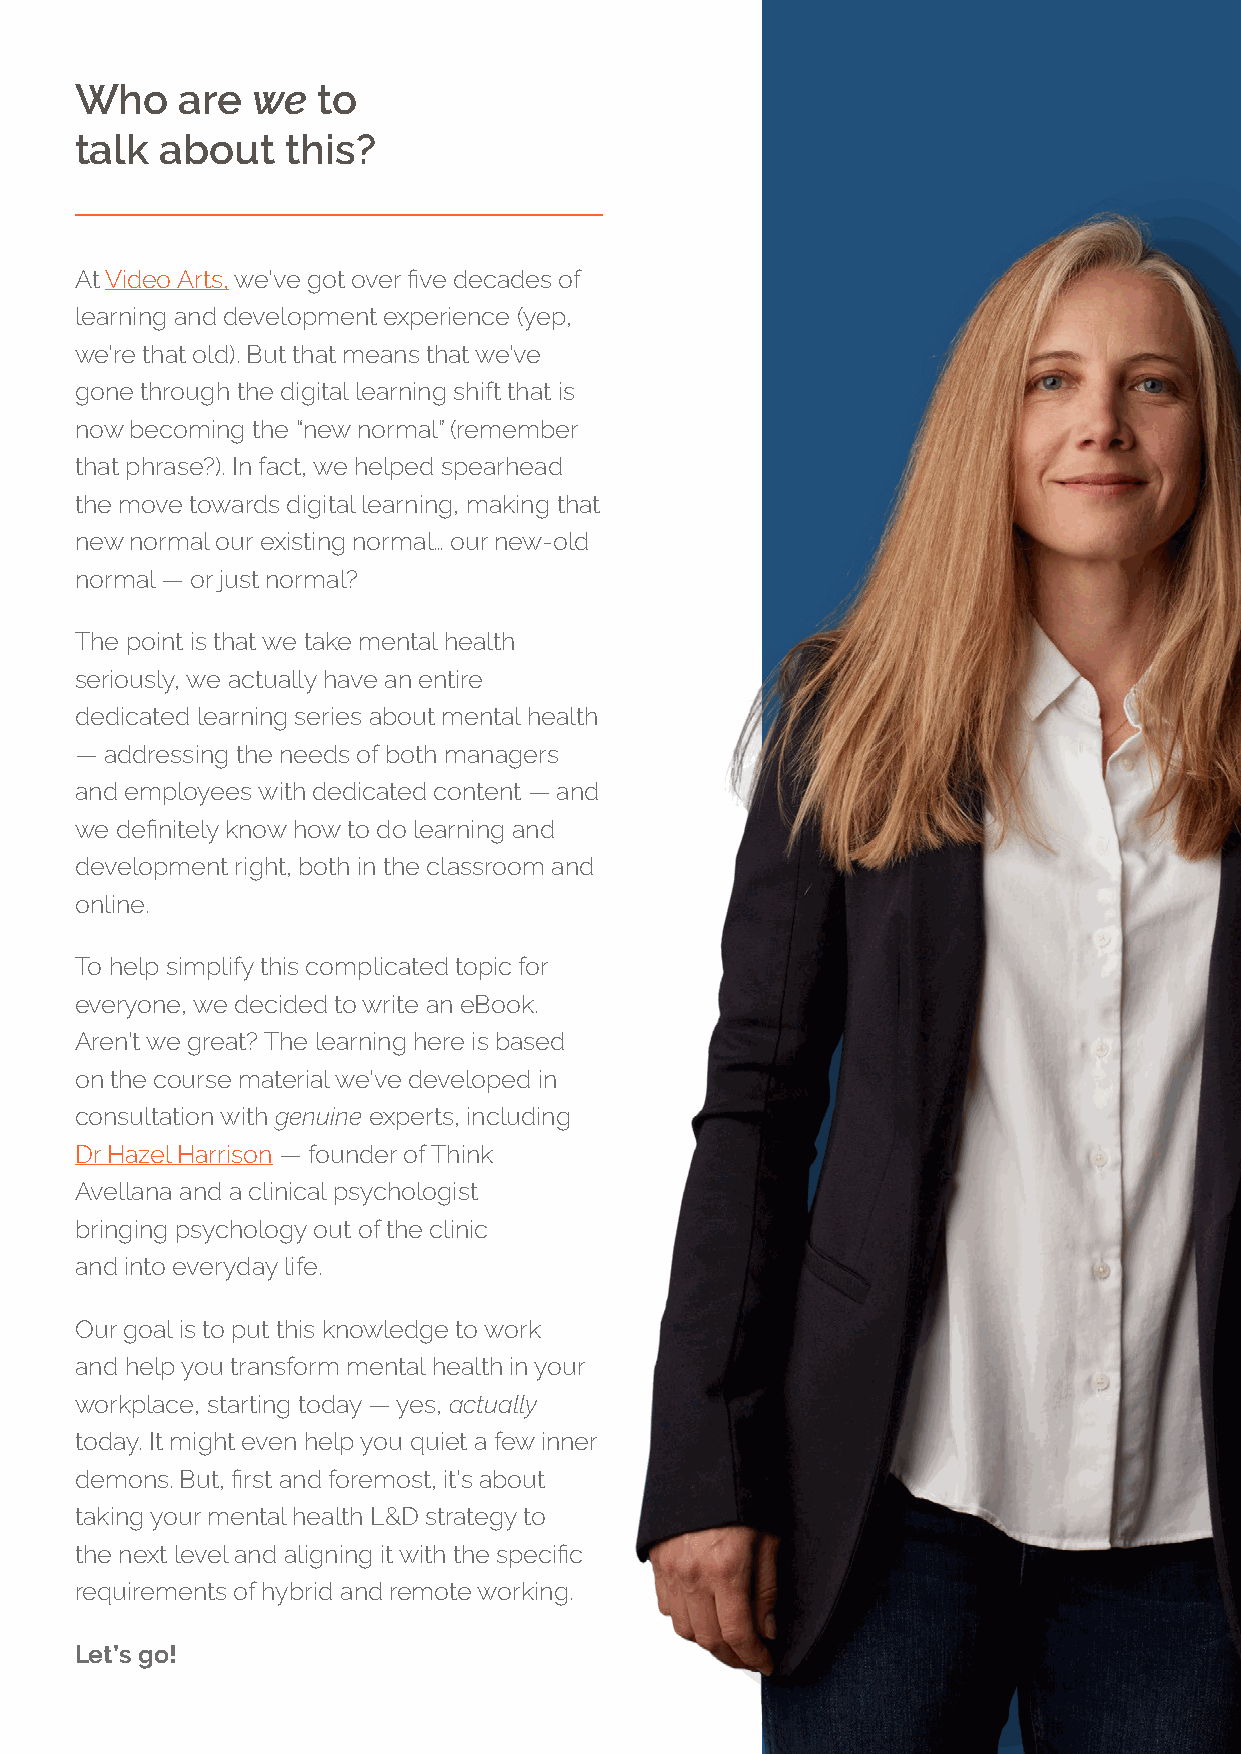
Who    are  we  to
 talk  about   this?
 At Video Arts, we’ve got over five decades of
 learning and development experience (yep,
 we’re that old). But that means that we’ve
 gone through the digital learning shift that is
 now becoming the “new normal” (remember
 that phrase?). In fact, we helped spearhead
 the move towards digital learning, making that
 new normal our existing normal… our new-old
 normal — or just normal?
 The point is that we take mental health
 seriously, we actually have an entire
 dedicated learning series about mental health
 — addressing the needs of both managers
 and employees with dedicated content — and
 we definitely know how to do learning and
 development right, both in the classroom and
 online.
 To help simplify this complicated topic for
 everyone, we decided to write an eBook.
 Aren’t we great? The learning here is based
 on the course material we’ve developed in
 consultation with genuine experts, including
 Dr Hazel Harrison — founder of Think
 Avellana and a clinical psychologist
 bringing psychology out of the clinic
 and into everyday life.
 Our goal is to put this knowledge to work
 and help you transform mental health in your
 workplace, starting today — yes, actually
 today. It might even help you quiet a few inner
 demons. But, first and foremost, it’s about
 taking your mental health L&D strategy to
 the next level and aligning it with the specific
 requirements of hybrid and remote working.
 Let’s go!
 4